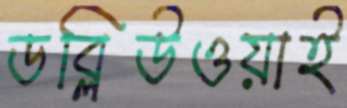
ডব্লিউওয়াই